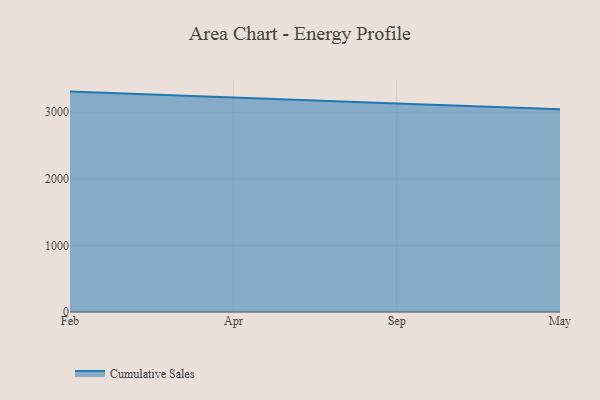
{"axis": {"x": "Month", "y": "Gross Profit (USD K)"}, "legend": ["Cumulative Sales"], "data": [{"x": "Feb", "y": 3309.6, "type": "Cumulative Sales"}, {"x": "Apr", "y": 3216.1, "type": "Cumulative Sales"}, {"x": "Sep", "y": 3129.1, "type": "Cumulative Sales"}, {"x": "May", "y": 3046.3, "type": "Cumulative Sales"}]}